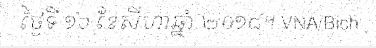
ថ្ងៃទី ១៦ ខែសីហាឆ្នាំ ២០១៨។ VNA/Bich